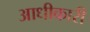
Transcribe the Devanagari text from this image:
आधीकारी